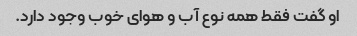
او گفت فقط همه نوع آب و هوای خوب وجود دارد.